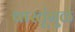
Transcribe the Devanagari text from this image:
वास्तूंमुळे